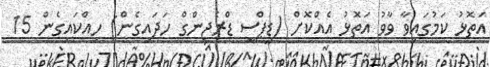
އަތޮޅު ކަމުގައިވާ ވާވު އަތޮޅު އެއްކޮށް (ޑީޕްސީ ޑްރެޖިންގް ހަދައިގެން) ހިއްކައިގެން 15